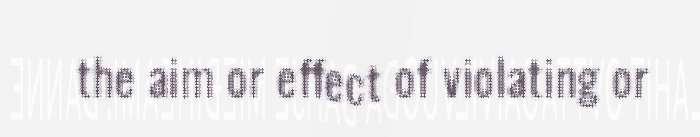
the aim or effect of violating or